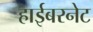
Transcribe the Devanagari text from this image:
हाईबरनेट